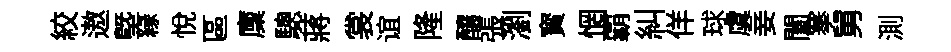
絞遨塈縁悦區廩驄蔣裳谊隆釀張瀏寳惘覇糾佯球虞妾闔搴舅測